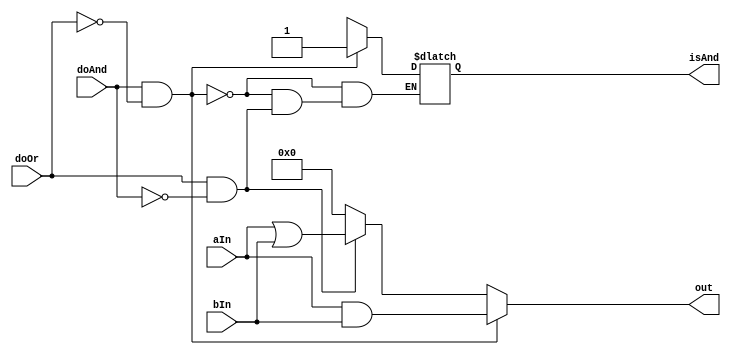
module pattern_and_or (
  input [4-1:0]  aIn,
  input [4-1:0]  bIn,
  input          doAnd,
  input          doOr,
  output         isAnd,
  output [4-1:0] out
);

  reg            isAnd_r;
  reg [4-1:0]    out_r;

  always @( aIn or bIn or doAnd or doOr ) begin
    if (doAnd && !doOr) begin
      out_r = aIn & bIn;
      isAnd_r = 1'b1;
    end else if (doOr && !doAnd) begin
      out_r = aIn | bIn;
    end else begin
      out_r = 4'b0000;
      isAnd_r = 1'bx;
    end
  end

  assign isAnd = isAnd_r;
  assign out = out_r;

endmodule